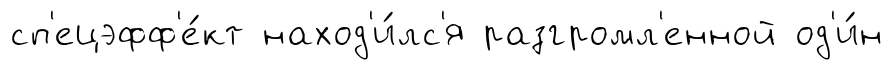
сп'ецэфф'е́кт наход'и́лс'я разгромл'енной од'и́н